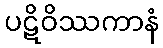
ပဋိဝိဿကာနံ